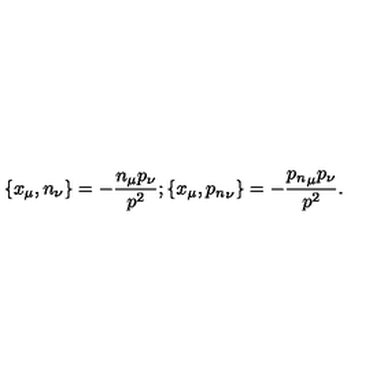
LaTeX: \{ x _ { \mu } , n _ { \nu } \} = - \frac { n _ { \mu } p _ { \nu } } { p ^ { 2 } } ; \{ x _ { \mu } , { p _ { n } } _ { \nu } \} = - \frac { { p _ { n } } _ { \mu } p _ { \nu } } { p ^ { 2 } } .